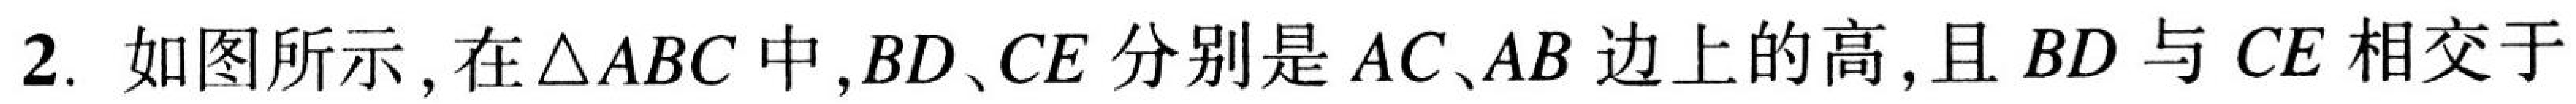
2. 如图所示，在\(\triangle ABC\)中，\(BD\)、\(CE\)分别是\(AC\)、\(AB\)边上的高，且\(BD\)与\(CE\)相交于